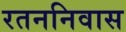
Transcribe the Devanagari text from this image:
रतननिवास